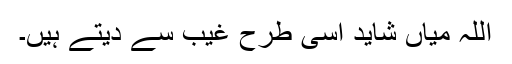
اللہ میاں شاید اسی طرح غیب سے دیتے ہیں۔